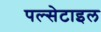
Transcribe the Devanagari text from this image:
पल्सेटाइल